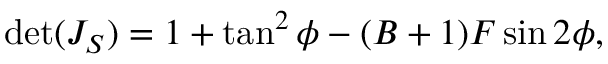
\operatorname* { d e t } ( J _ { S } ) = 1 + \tan ^ { 2 } { \phi } - ( B + 1 ) F \sin { 2 \phi } ,